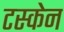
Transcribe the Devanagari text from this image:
टस्केन